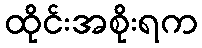
ထိုင်းအစိုးရက